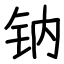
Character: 钠